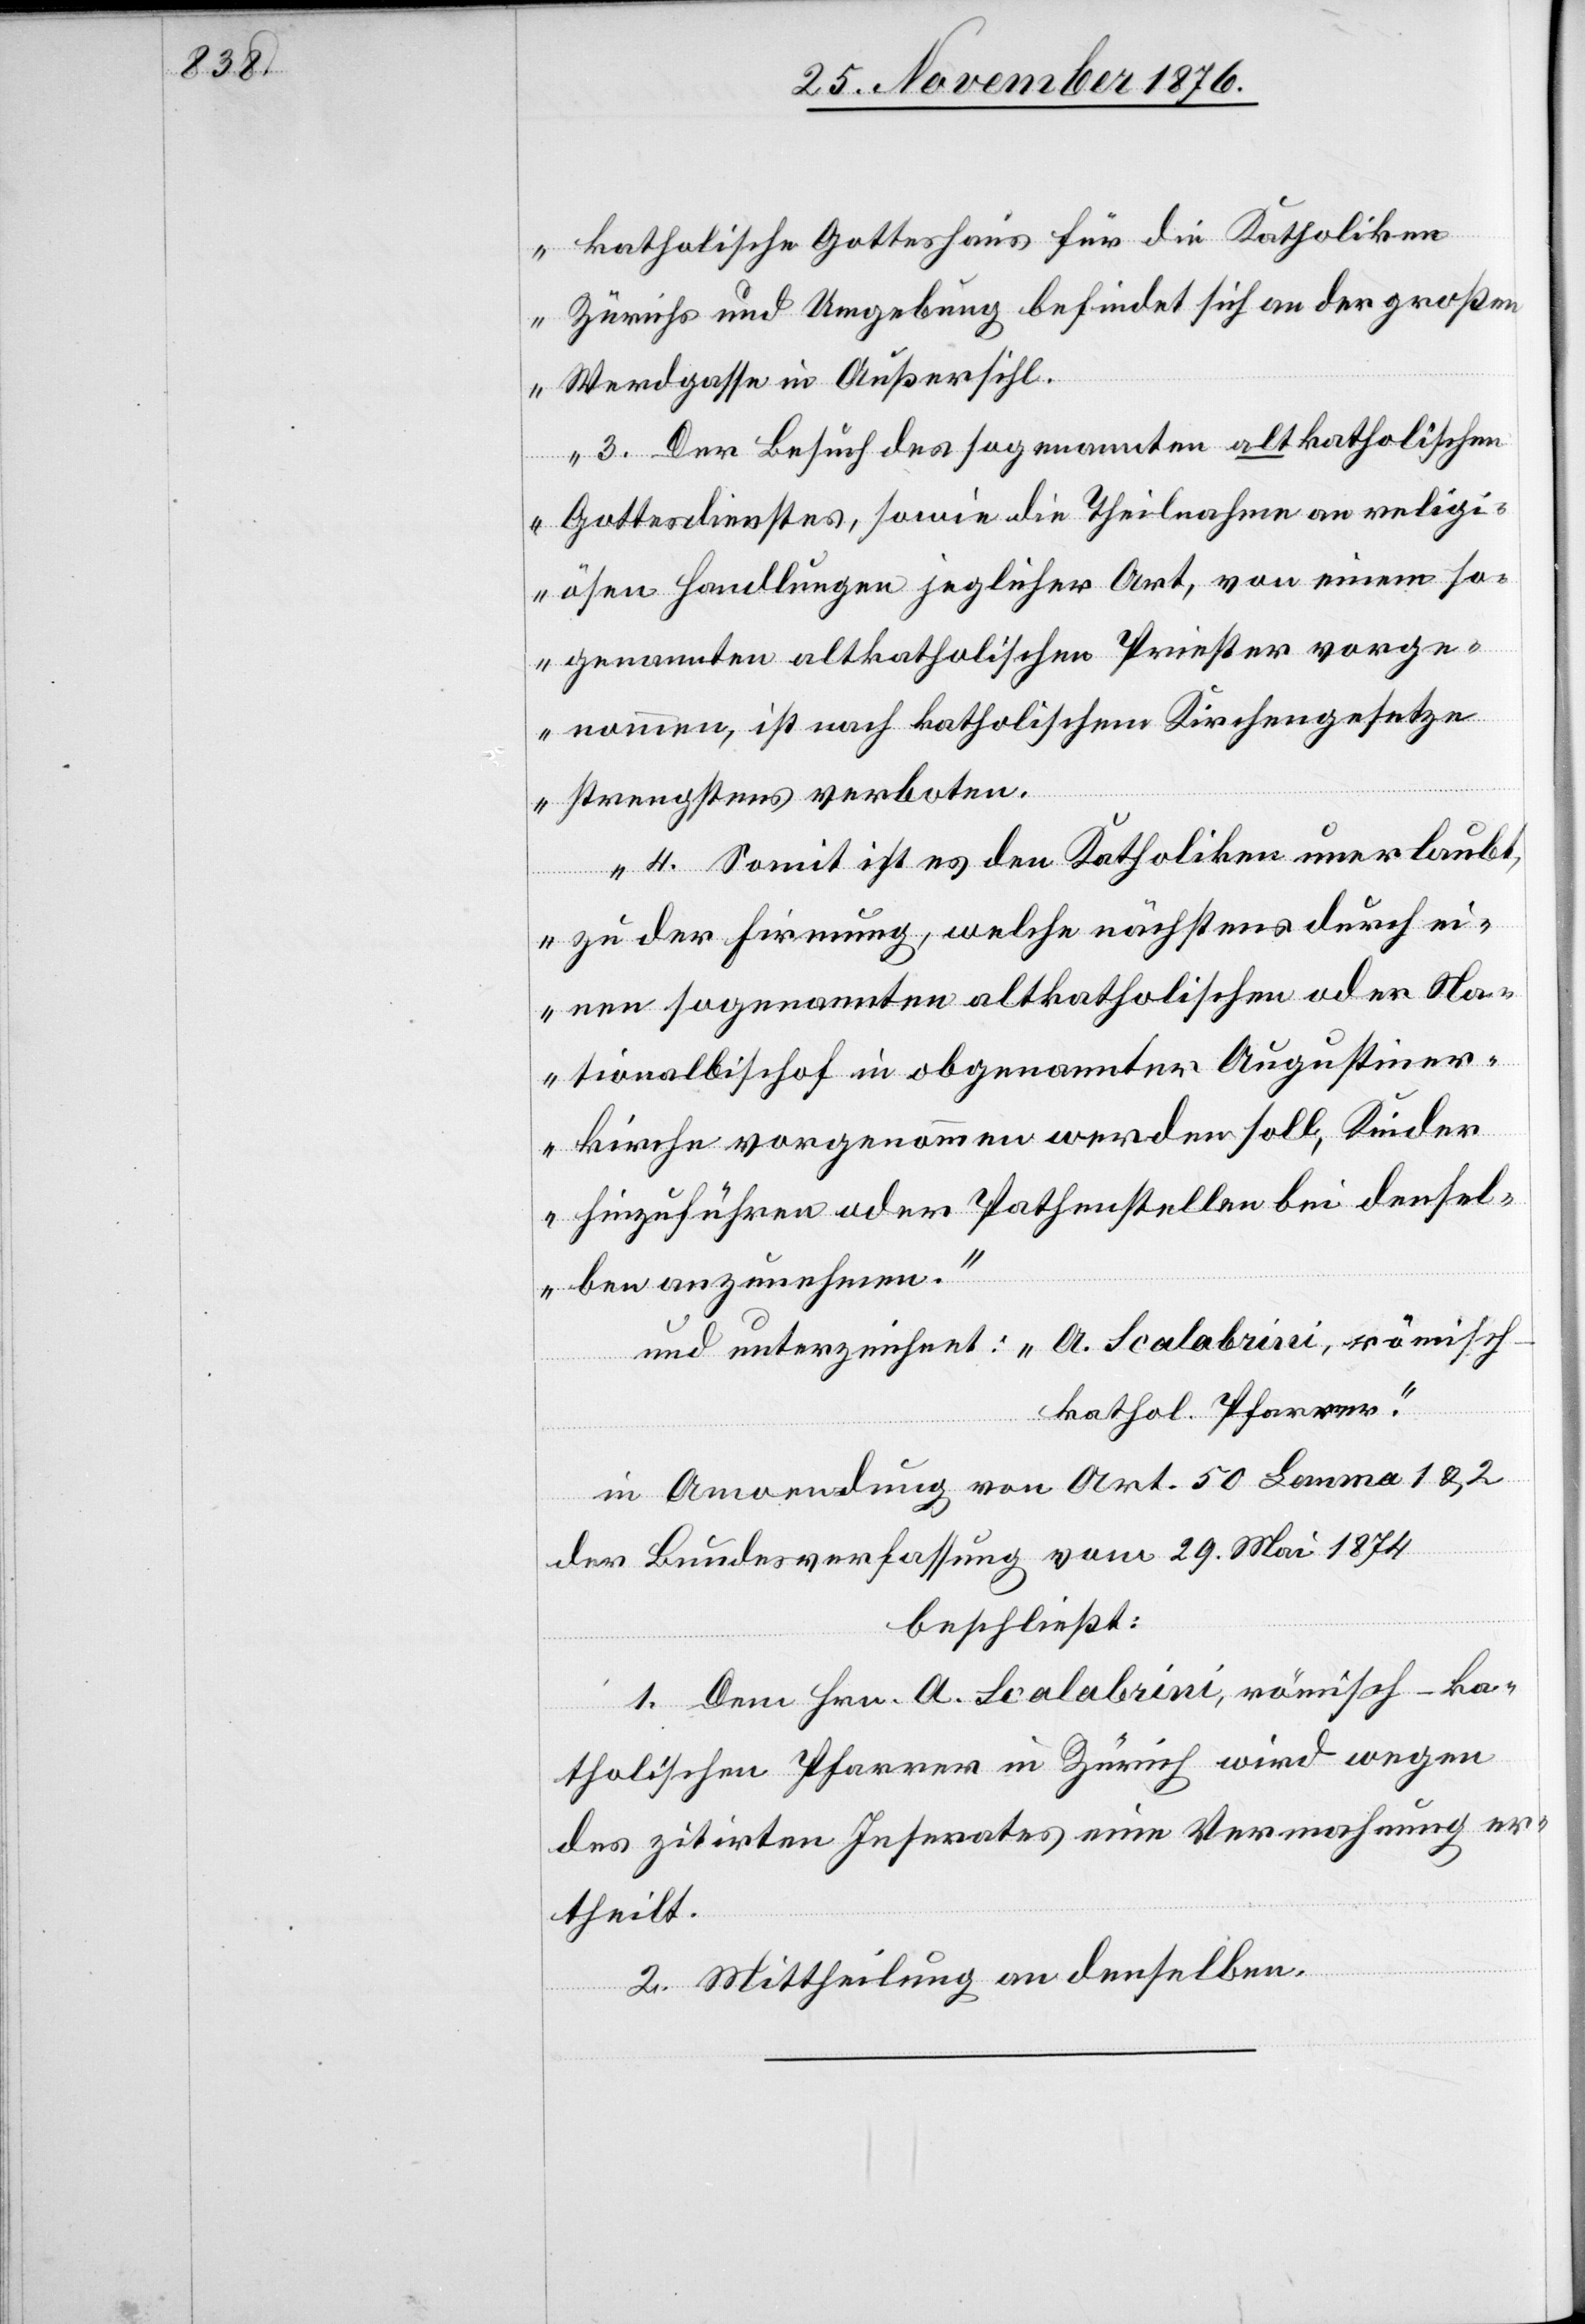
katholische Gotteshaus für die Katholiken
Zürichs und Umgebung befindet sich an der großen
Werdgasse in Außersihl.
3. Der Besuch des sogenannten altkatholischen
Gottesdienstes, sowie die Theilnahme an religi¬
ösen Handlungen jeglicher Art, von einem so¬
genannten altkatholischen Priester vorge¬
nommen, ist nach katholischem Kirchengesetze
strengstens verboten.
4. Somit ist es den Katholiken unerlaubt,
zu der Firmung, welche nächstens durch ei¬
nen sogenannten altkatholischen oder Na¬
tionalbischof in obgenannter Augustiner¬
kirche vorgenommen werden soll, Kinder
hinzuführen oder Pathenstellen bei densel¬
ben anzunehmen.“
und unterzeichnet: A. Scalabrini, römisc¬
h-kathol. Pfarrer.“
in Anwendung von Art. 50 Lemma 1 & 2
der Bundesverfassung vom 29. Mai 1874
beschließt:
1. Dem Hrn. A. Scalabrini, römisch-ka¬
tholischen Pfarrer in Zürich wird wegen
des zitirten Inserates eine Vermahnung er¬
theilt.
2. Mittheilung an denselben.